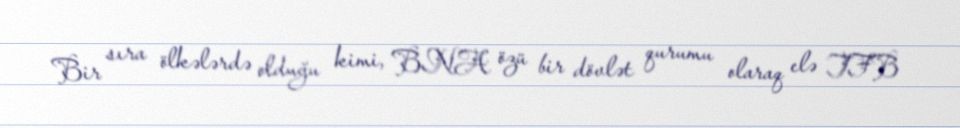
Bir sıra ölkələrdə olduğu kimi, BNA özü bir dövlət qurumu olaraq elə TFB